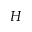
H